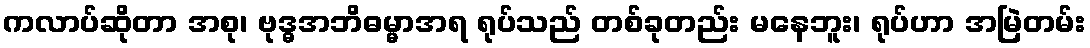
ကလာပ်ဆိုတာ အစု၊ ဗုဒ္ဓအဘိဓမ္မာအရ ရုပ်သည် တစ်ခုတည်း မနေဘူး၊ ရုပ်ဟာ အမြဲတမ်း